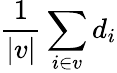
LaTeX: \frac{1}{|v|}\sum_{i\in v}d_{i}